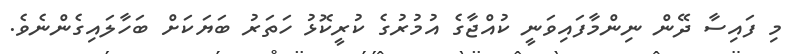
މި ފައިސާ ދޭން ނިންމާފައިވަނީ ކުއްޖާގެ އުމުރުގެ ކުރީކޮޅު ހަތަރު ބަޔަކަށް ބަހާލައިގެންނެވެ.